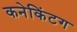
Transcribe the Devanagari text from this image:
कनेकिंटग